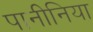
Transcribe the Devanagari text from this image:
पानीनिया